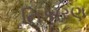
નિકારણ